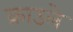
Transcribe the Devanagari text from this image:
क्राउले